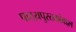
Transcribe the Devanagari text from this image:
पाठय़पुस्तकांबद्दल